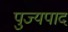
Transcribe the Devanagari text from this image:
पुज्यपाद